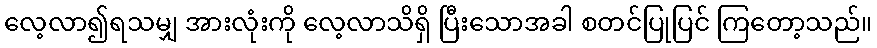
လေ့လာ၍ရသမျှ အားလုံးကို လေ့လာသိရှိ ပြီးသောအခါ စတင်ပြုပြင် ကြတော့သည်။